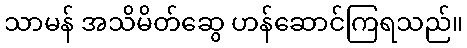
သာမန် အသိမိတ်ဆွေ ဟန်ဆောင်ကြရသည်။